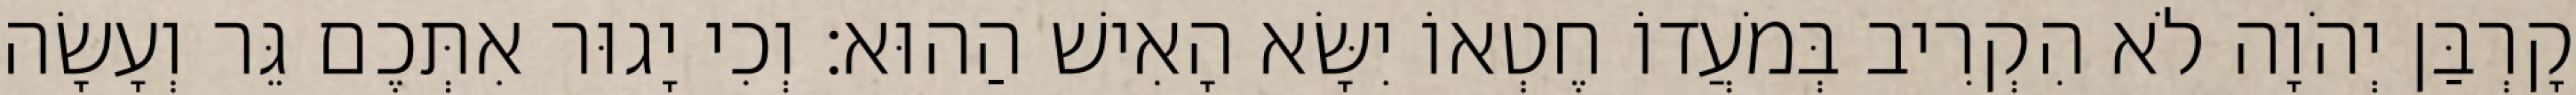
קָרְבַּן יְהֹוָה לֹא הִקְרִיב בְּמֹעֲדוֹ חֶטְאוֹ יִשָּׂא הָאִישׁ הַהוּא׃ וְכִי יָגוּר אִתְּכֶם גֵּר וְעָשָׂה